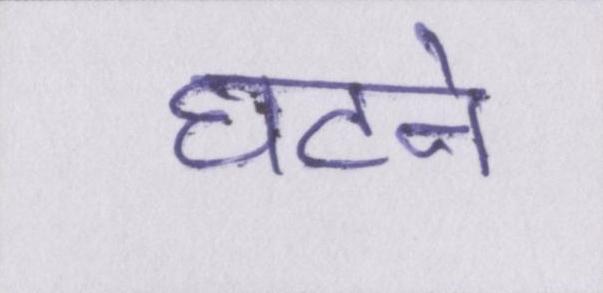
घटने